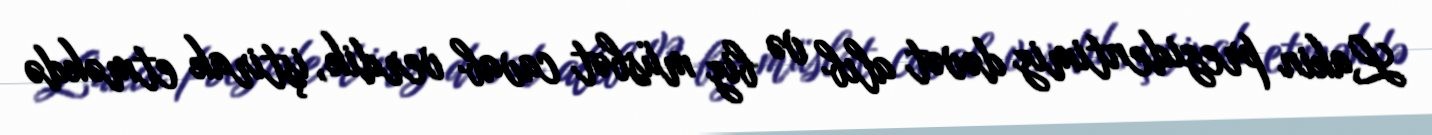
Lakin prezidentimiz dəvət alıb və biz müsbət cavab verdik, iştirak etməkdə